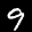
Label: 9